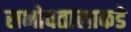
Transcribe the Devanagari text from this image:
सभोवतालाकडे